Lunatic asylums United Provinces 1909-1921 - 1909-1921
Year: 1909
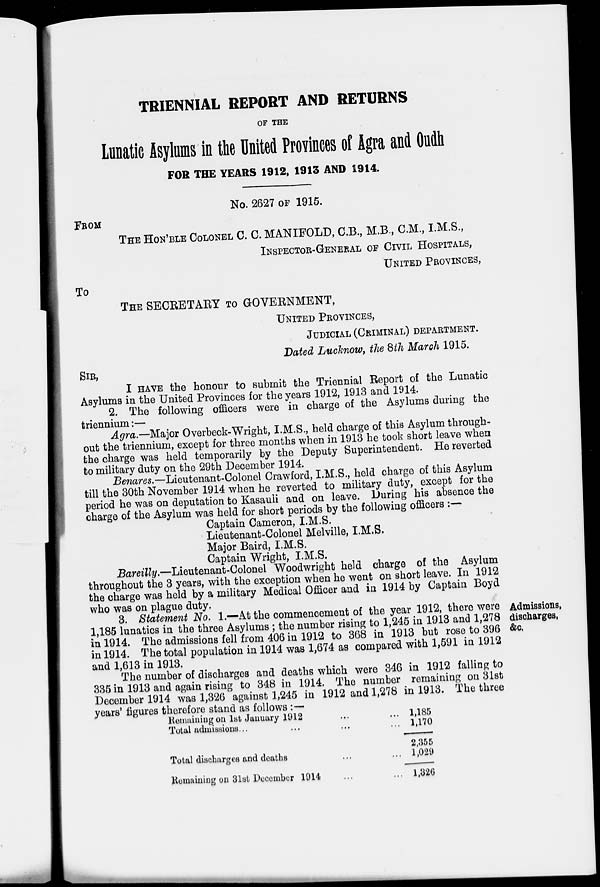
TRIENNIAL REPORT AND RETURNS
OF THE
Lunatic Asylums in the United Provinces of Agra and Oudh
FOR THE YEARS 1912, 1913 AND 1914.
No. 2627 OF 1915.
FROM
THE HON'BLE COLONEL C. C. MANIFOLD, C.B., M.B., C.M., I.M.S.,
INSPECTOR-GENERAL OF CIVIL HOSPITALS,
UNITED PROVINCES,
TO
THE SECRETARY TO GOVERNMENT,
UNITED PROVINCES,
JUDICIAL (CRIMINAL) DEPARTMENT.
Dated Lucknow, the 8th March 1915.
SIR,
I HAVE the honour to submit the Triennial Report of the Lunatic
Asylums in the United Provinces for the years 1912, 1913 and 1914.
2. The following officers were in charge of the Asylums during the
triennium:—
Agra.—Major Overbeck-Wright, I.M.S., held charge of this Asylum through-
out the triennium, except for three months when in 1913 he took short leave when
the charge was held temporarily by the Deputy Superintendent. He reverted
to military duty on the 29th December 1914.
.Benares.—Lieutenant-Colonel Crawford, I.M.S., held charge of this Asylum
till the 30th November 1914 when he reverted to military duty, except for the
period he was on deputation to Kasauli and on leave. During his absence the
charge of the Asylum was held for short periods by the following officers :—
Captain Cameron, I.M.S.
Lieutenant-Colonel Melville, I.M.S.
Major Baird, I.M.S.
Captain Wright, I.M.S.
Bareilly.—Lieutenant-Colonel Woodwright held charge of the Asylum
throughout the 3 years, with the exception when he went on short leave. In 1912
the charge was held by a military Medical Officer and in 1914 by Captain Boyd
who was on plague duty.
Admissions,
discharges,
&c.
3. statement No. 1.—At the commencement of the year 1912, there were
1,185 lunatics in the three Asylums ; the number rising to 1,245 in 1913 and 1,278
in 1914. The admissions fell from 406 in 1912 to 368 in 1913 but rose to 396
in 1914. The total population in 1914 was 1,674 as compared with 1,591 in 1912
and 1,613 in 1913.
The number of discharges and deaths which were 346 in 1912 falling to
335 in 1913 and again rising to 348 in 1914. The number remaining on 31st
December 1914 was 1,326 against 1,245 in 1912 and 1,278 in 1913. The three
years' figures therefore stand as follows :—
Remaining on 1st January 1912 ... ...
Total admissions... ... ... ...
Total discharges and deaths ... ...
Remaining on 31st December 1914 ... ...
1,185
1,170
2,355
1,029
1,326